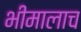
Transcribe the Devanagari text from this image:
भीमालाच